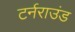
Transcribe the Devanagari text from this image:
टर्नराउंड